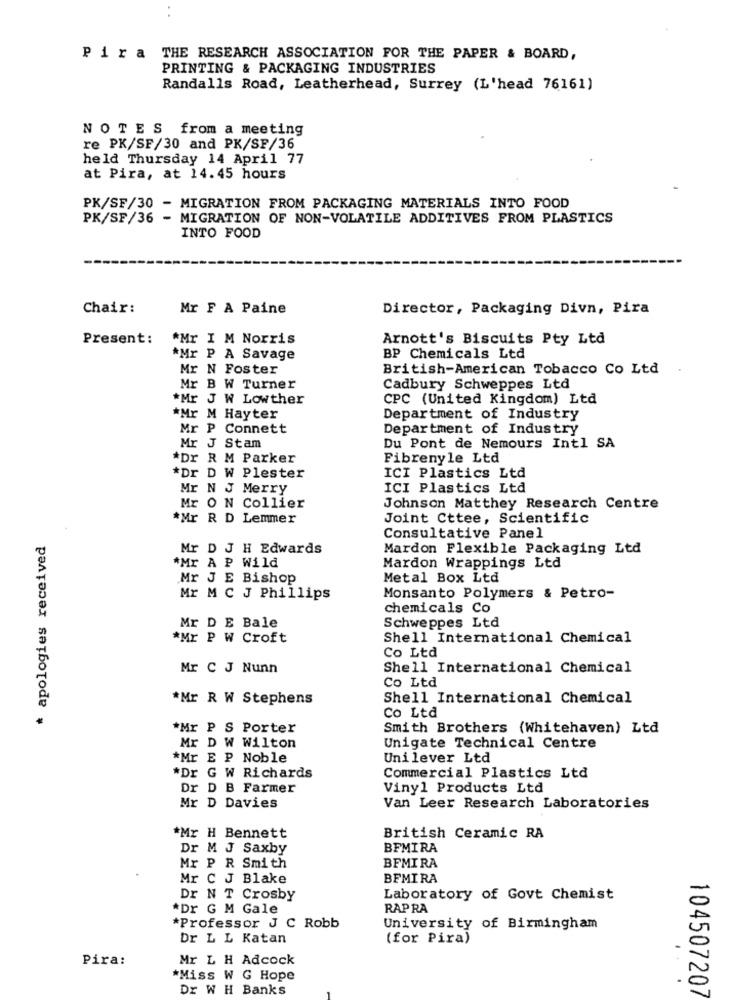
P ir a THE RESEARCH ASSOCIATION FOR THE PAPER & BOARD,
PRINTING & PACKAGING INDUSTRIES
Randalls Road, Leatherhead, Surrey (L'head 76161)
NOTES from a meeting
re PK/SF/30 and PK/SF/36
held Thursday 14 April 77
at Pira, at 14.45 hours
PK/SF/30 - MIGRATION FROM PACKAGING MATERIALS INTO FOOD
PK/SF/36 - MIGRATION OF NON-VOLATILE ADDITIVES FROM PLASTICS
INTO FOOD
Chair:
Mr F A Paine
Director, Packaging Divn, Pira
Present:
*Mr I M Norris
Arnott's Biscuits Pty Ltd
*Mr P A Savage
BP Chemicals Ltd
Mr N Foster
British-American Tobacco Co Ltd
Mr B W Turner
Cadbury Schweppes Ltd
*Mr J W Lowther
CPC (United Kingdom) Ltd
*Mr M Hayter
Department of Industry
Mr P Connett
Department of Industry
Mr J Stam
Du Pont de Nemours Intl SA
*Dr R M Parker
Fibrenyle Ltd
*Dr D W Plester
ICI Plastics Ltd
Mr N J Merry
ICI Plastics Ltd
Mr O N Collier
Johnson Matthey Research Centre
*Mr R D Lemmer
Joint Cttee, Scientific
* apologies received
Consultative Panel
Mr D J H Edwards
Mardon Flexible Packaging Ltd
*Mr A P Wild
Mardon Wrappings Ltd
Mr J E Bishop
Metal Box Ltd
Monsanto Polymers & Petro-
Mr M C J Phillips
chemicals Co
Mr D E Bale
Schweppes Ltd
*Mr P W Croft
Shell International Chemical
Co Ltd
Mr C J Nunn
Shell International Chemical
Co Ltd
*Mr R W Stephens
Shell International Chemical
Co Ltd
*Mr P S Porter
Smith Brothers (Whitehaven) Ltd
Mr D W Wilton
Unigate Technical Centre
*Mr E P Noble
Unilever Ltd
*Dr G W Richards
Commercial Plastics Ltd
Dr D B Farmer
Vinyl Products Ltd
Mr D Davies
Van Leer Research Laboratories
*Mr H Bennett
British Ceramic RA
Dr M J Saxby
BFMIRA
Mr P R Smith
BFMIRA
Mr C J Blake
BFMIRA
Dr N T Crosby
Laboratory of Govt Chemist
*Dr G M Gale
RAP RA
*Professor J C Robb
University of Birmingham
Dr L L Katan
(for Pira)
Pira:
Mr L H Adcock
*Miss W G Hope
Dr W H Banks
104507207